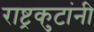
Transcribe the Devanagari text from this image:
राष्ट्रकुटांनी